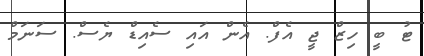
ޓު ބީ ހިޒް ޖީ އެފް. އެން އައި ސެއިޑް ޔެސް. ސަނަމް